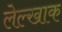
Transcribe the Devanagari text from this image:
लेल्खाक